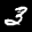
Label: 3